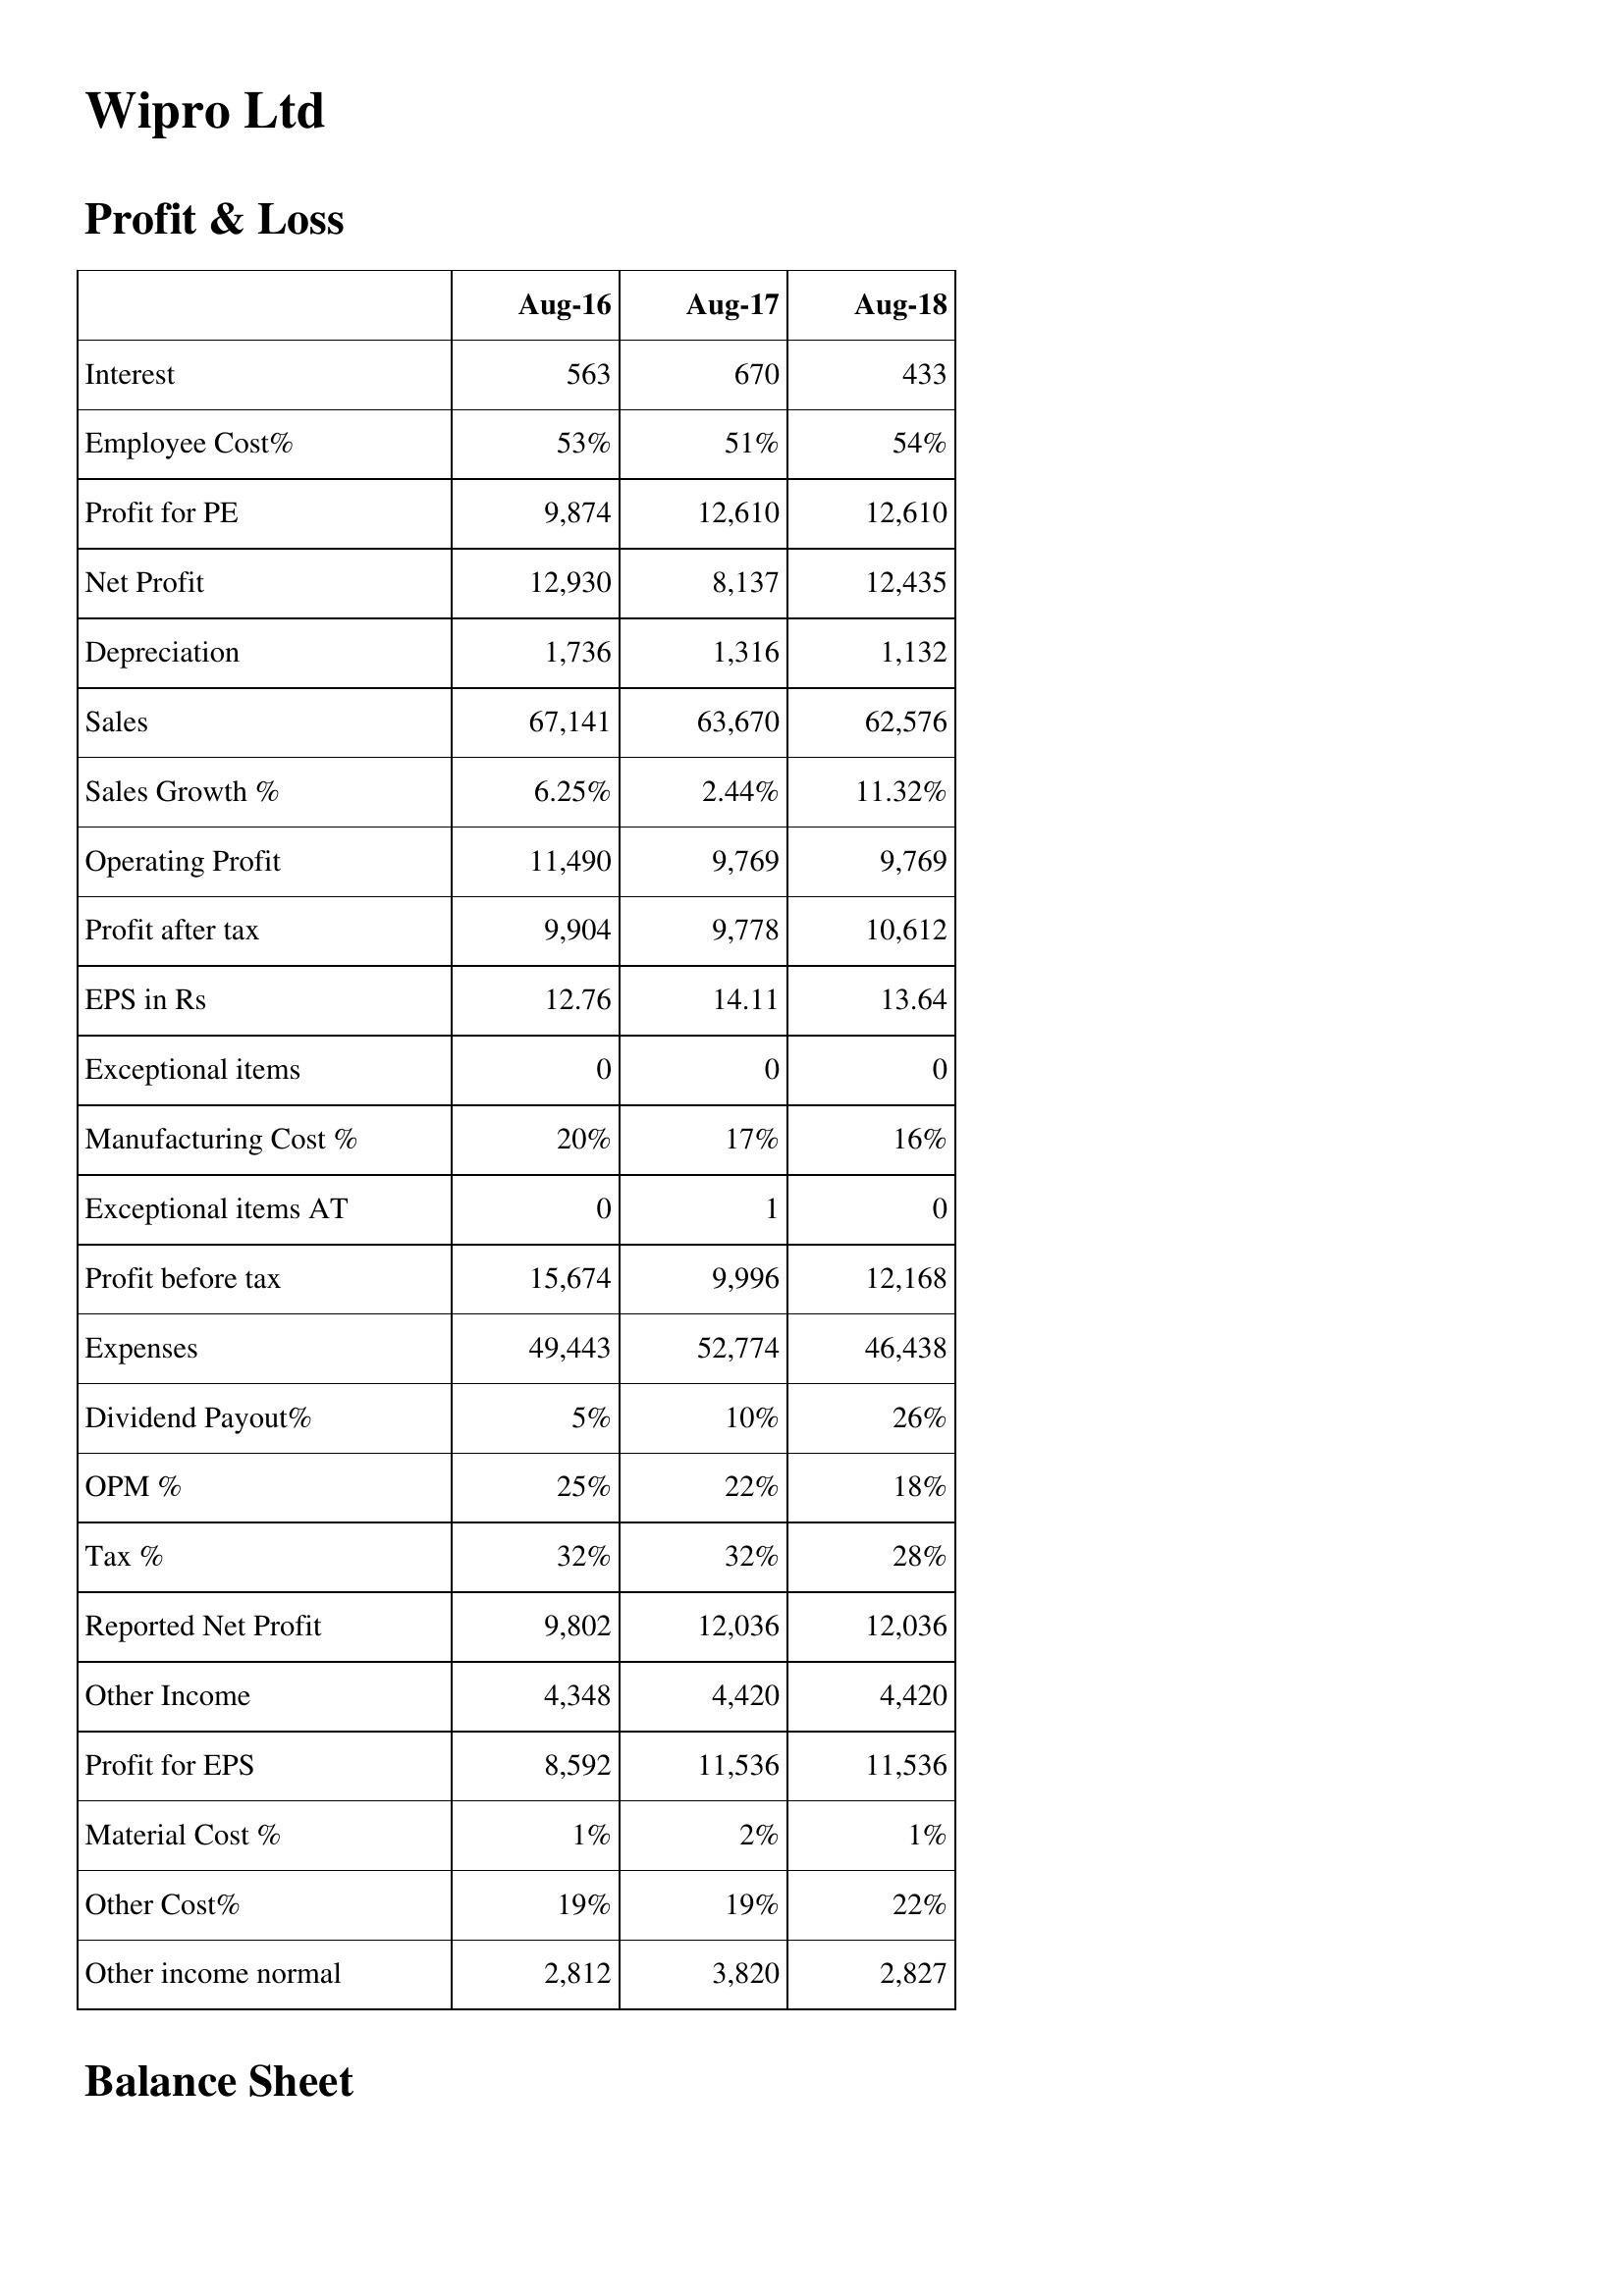
Aug-16: Profit & Loss: Interest: 563
Employee Cost%: 53%
Profit for PE: 9,874
Net Profit: 12,930
Depreciation: 1,736
Sales: 67,141
Sales Growth %: 6.25%
Operating Profit: 11,490
Profit after tax: 9,904
EPS in Rs: 12.76
Exceptional items: 0
Manufacturing Cost %: 20%
Exceptional items AT: 0
Profit before tax: 15,674
Expenses: 49,443
Dividend Payout%: 5%
OPM %: 25%
Tax %: 32%
Reported Net Profit: 9,802
Other Income: 4,348
Profit for EPS: 8,592
Material Cost %: 1%
Other Cost%: 19%
Other income normal: 2,812
Aug-17: Profit & Loss: Interest: 670
Employee Cost%: 51%
Profit for PE: 12,610
Net Profit: 8,137
Depreciation: 1,316
Sales: 63,670
Sales Growth %: 2.44%
Operating Profit: 9,769
Profit after tax: 9,778
EPS in Rs: 14.11
Exceptional items: 0
Manufacturing Cost %: 17%
Exceptional items AT: 1
Profit before tax: 9,996
Expenses: 52,774
Dividend Payout%: 10%
OPM %: 22%
Tax %: 32%
Reported Net Profit: 12,036
Other Income: 4,420
Profit for EPS: 11,536
Material Cost %: 2%
Other Cost%: 19%
Other income normal: 3,820
Aug-18: Profit & Loss: Interest: 433
Employee Cost%: 54%
Profit for PE: 12,610
Net Profit: 12,435
Depreciation: 1,132
Sales: 62,576
Sales Growth %: 11.32%
Operating Profit: 9,769
Profit after tax: 10,612
EPS in Rs: 13.64
Exceptional items: 0
Manufacturing Cost %: 16%
Exceptional items AT: 0
Profit before tax: 12,168
Expenses: 46,438
Dividend Payout%: 26%
OPM %: 18%
Tax %: 28%
Reported Net Profit: 12,036
Other Income: 4,420
Profit for EPS: 11,536
Material Cost %: 1%
Other Cost%: 22%
Other income normal: 2,827